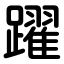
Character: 躍